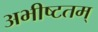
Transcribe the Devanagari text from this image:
अभीष्टतम्